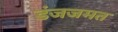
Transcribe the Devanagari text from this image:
डंजजमत